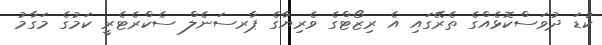
ކުޑަ ދުވަސްކޮޅެއްގެ ތެރޭގައި އެ ރިޒޯޓްގެ ވެރިޔާގެ ޕާރސަނެލް ސެކްރެޓެރީ ކަމުގެ މަގާމު